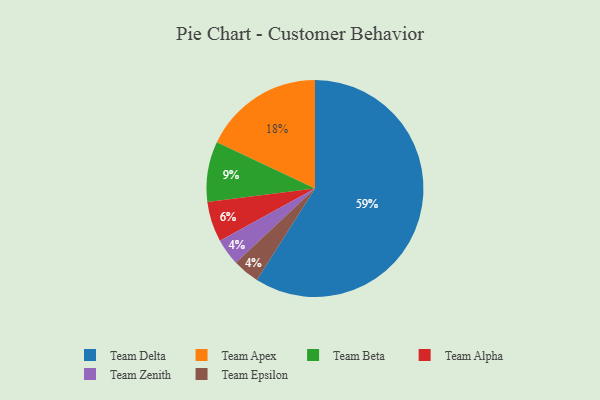
{"axis": {"x": "Category", "y": "Percentage"}, "legend": ["Team Alpha", "Team Apex", "Team Beta", "Team Delta", "Team Epsilon", "Team Zenith"], "data": [{"x": "Team Zenith", "y": 4, "type": "Team Zenith"}, {"x": "Team Delta", "y": 59, "type": "Team Delta"}, {"x": "Team Epsilon", "y": 4, "type": "Team Epsilon"}, {"x": "Team Apex", "y": 18, "type": "Team Apex"}, {"x": "Team Beta", "y": 9, "type": "Team Beta"}, {"x": "Team Alpha", "y": 6, "type": "Team Alpha"}]}